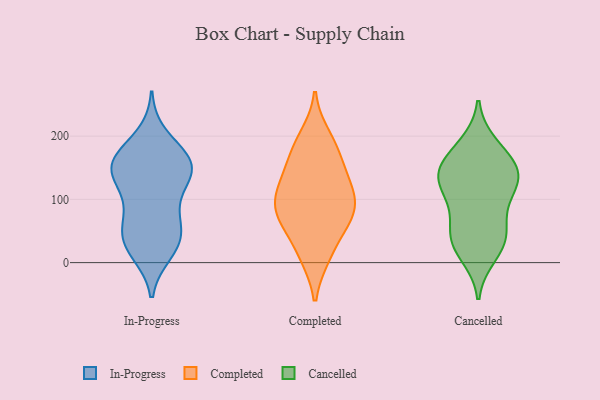
{"axis": {"x": "LTV (USD)", "y": "Value"}, "legend": ["Cancelled", "Completed", "In-Progress"], "data": [{"x": "", "y": 165, "type": "In-Progress"}, {"x": "", "y": 169, "type": "In-Progress"}, {"x": "", "y": 143, "type": "In-Progress"}, {"x": "", "y": 146, "type": "In-Progress"}, {"x": "", "y": 66, "type": "In-Progress"}, {"x": "", "y": 37, "type": "In-Progress"}, {"x": "", "y": 143, "type": "In-Progress"}, {"x": "", "y": 22, "type": "In-Progress"}, {"x": "", "y": 157, "type": "In-Progress"}, {"x": "", "y": 108, "type": "In-Progress"}, {"x": "", "y": 151, "type": "In-Progress"}, {"x": "", "y": 104, "type": "In-Progress"}, {"x": "", "y": 16, "type": "In-Progress"}, {"x": "", "y": 49, "type": "In-Progress"}, {"x": "", "y": 156, "type": "In-Progress"}, {"x": "", "y": 64, "type": "In-Progress"}, {"x": "", "y": 32, "type": "In-Progress"}, {"x": "", "y": 200, "type": "In-Progress"}, {"x": "", "y": 79, "type": "Completed"}, {"x": "", "y": 78, "type": "Completed"}, {"x": "", "y": 62, "type": "Completed"}, {"x": "", "y": 173, "type": "Completed"}, {"x": "", "y": 149, "type": "Completed"}, {"x": "", "y": 132, "type": "Completed"}, {"x": "", "y": 58, "type": "Completed"}, {"x": "", "y": 85, "type": "Completed"}, {"x": "", "y": 11, "type": "Completed"}, {"x": "", "y": 122, "type": "Completed"}, {"x": "", "y": 11, "type": "Completed"}, {"x": "", "y": 103, "type": "Completed"}, {"x": "", "y": 184, "type": "Completed"}, {"x": "", "y": 108, "type": "Completed"}, {"x": "", "y": 199, "type": "Completed"}, {"x": "", "y": 138, "type": "Cancelled"}, {"x": "", "y": 138, "type": "Cancelled"}, {"x": "", "y": 12, "type": "Cancelled"}, {"x": "", "y": 33, "type": "Cancelled"}, {"x": "", "y": 102, "type": "Cancelled"}, {"x": "", "y": 186, "type": "Cancelled"}, {"x": "", "y": 46, "type": "Cancelled"}, {"x": "", "y": 175, "type": "Cancelled"}, {"x": "", "y": 157, "type": "Cancelled"}, {"x": "", "y": 31, "type": "Cancelled"}, {"x": "", "y": 139, "type": "Cancelled"}, {"x": "", "y": 133, "type": "Cancelled"}, {"x": "", "y": 126, "type": "Cancelled"}, {"x": "", "y": 87, "type": "Cancelled"}, {"x": "", "y": 50, "type": "Cancelled"}]}